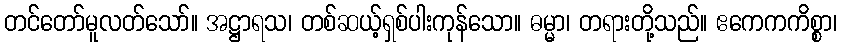
တင်တော်မူလတ်သော်။ အဋ္ဌာရသ၊ တစ်ဆယ့်ရှစ်ပါးကုန်သော။ ဓမ္မာ၊ တရားတို့သည်။ ဧကေကကိစ္စာ၊